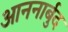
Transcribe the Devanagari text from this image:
आननार्बुद